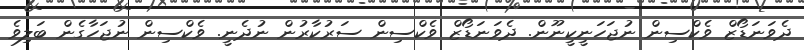
ދެވަނަޑޯޒް ވެކްސިން ނުޖަހަނީކީނޫން. ދެވަނަޑޯޒް ވެކްސިން ސަރުކާރުން ނުދެނީ. ވެކްސިން ނުޖަހާގެން ބަލިވެ